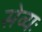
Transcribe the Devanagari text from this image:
सेव्यः